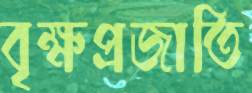
বৃক্ষপ্রজাতি